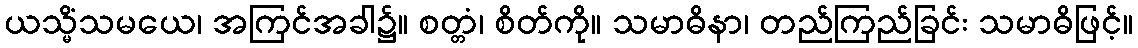
ယသ္မိံသမယေ၊ အကြင်အခါ၌။ စတ္တံ၊ စိတ်ကို။ သမာဓိနာ၊ တည်ကြည်ခြင်း သမာဓိဖြင့်။